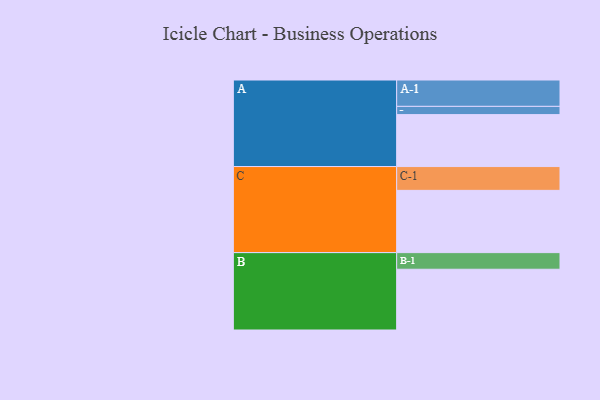
{"axis": {"x": "Segment", "y": "Value"}, "legend": ["", "A", "B", "C"], "data": [{"x": "A", "y": 447, "type": ""}, {"x": "B", "y": 523, "type": ""}, {"x": "C", "y": 536, "type": ""}, {"x": "A-1", "y": 227, "type": "A"}, {"x": "A-2", "y": 71, "type": "A"}, {"x": "B-1", "y": 143, "type": "B"}, {"x": "C-1", "y": 205, "type": "C"}]}